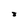
Character: 8